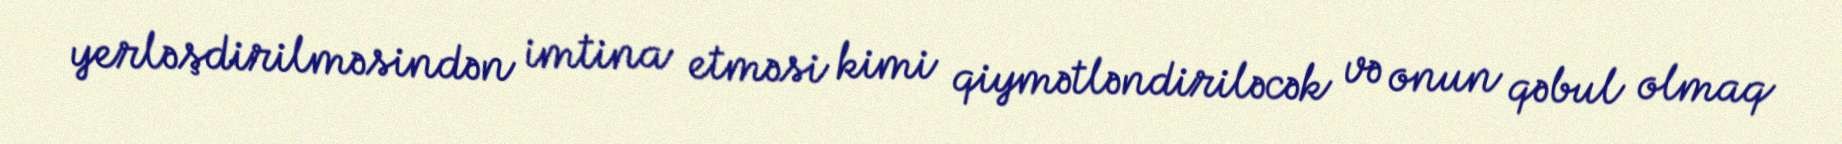
yerləşdirilməsindən imtina etməsi kimi qiymətləndiriləcək və onun qəbul olmaq